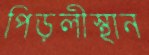
পিড়লীস্থান